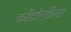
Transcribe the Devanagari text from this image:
कोंडोलीला